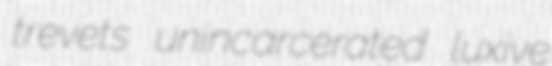
trevets unincarcerated luxive